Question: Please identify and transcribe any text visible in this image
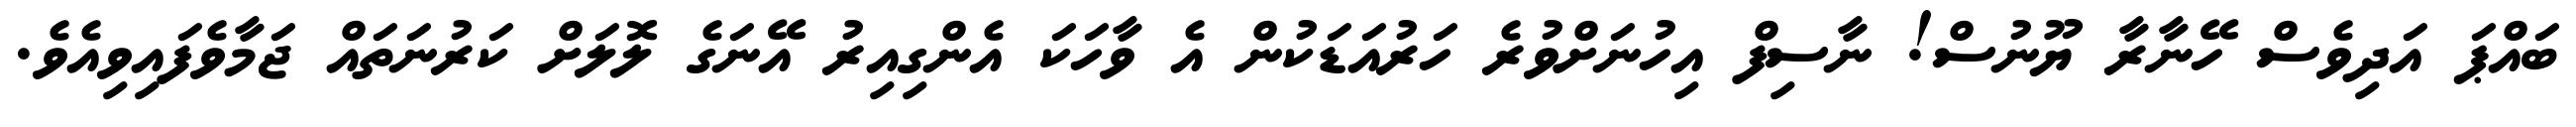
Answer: ބައްޕަ އަދިވެސް ހޭނާރާ ޔޫނުސް! ނާސިފް އިހުނަށްވުރެ ހަރުއަޑަކުން އެ ވާހަކަ އެންގިއިރު އޭނަގެ ލޮލަށް ކަރުނަތައް ޖަމާވެފައިވިއެވެ.